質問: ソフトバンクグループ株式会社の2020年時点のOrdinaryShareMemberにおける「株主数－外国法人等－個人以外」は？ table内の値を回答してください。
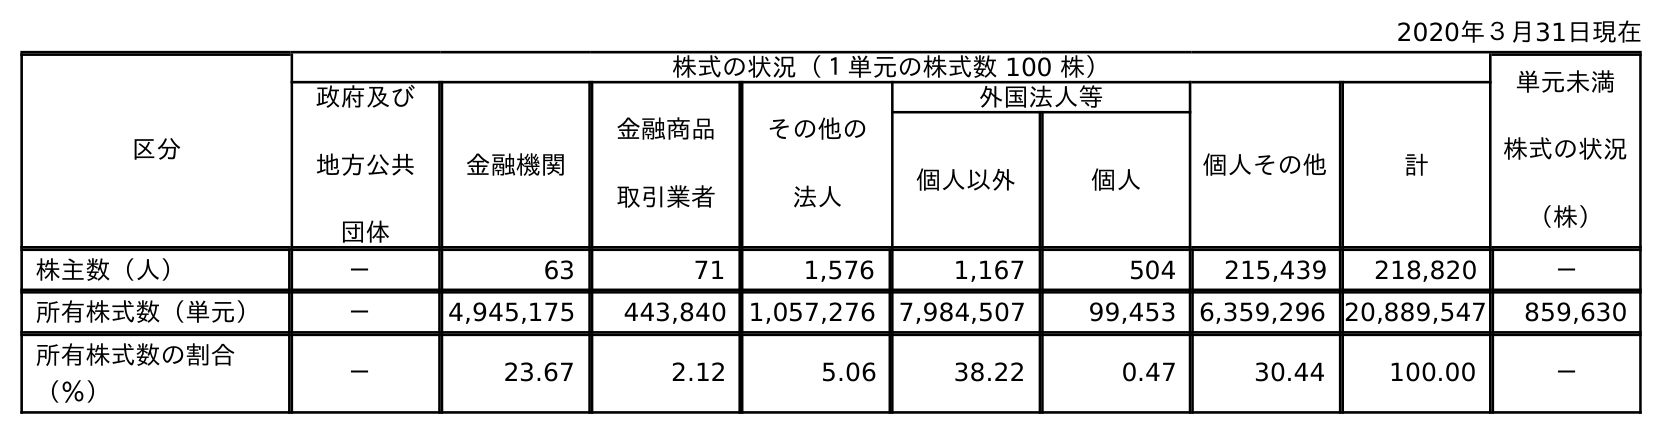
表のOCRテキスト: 2020年３月31日現在 区分 株式の状況（１単元の株式数 100 株） 単元未満 株式の状況 （株） 政府及び 地方公共 団体 金融機関 金融商品 取引業者 その他の 法人 外国法人等 個人その他 計 個人以外 個人 株主数（人） － 63 71 1,576 1,167 504 215,439 218,820 － 所有株式数（単元） － 4,945,175 443,840 1,057,276 7,984,507 99,453 6,359,296 20,889,547 859,630 所有株式数の割合 （％） － 23.67 2.12 5.06 38.22 0.47 30.44 100.00 －
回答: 1,167